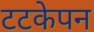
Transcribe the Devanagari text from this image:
टटकेपन